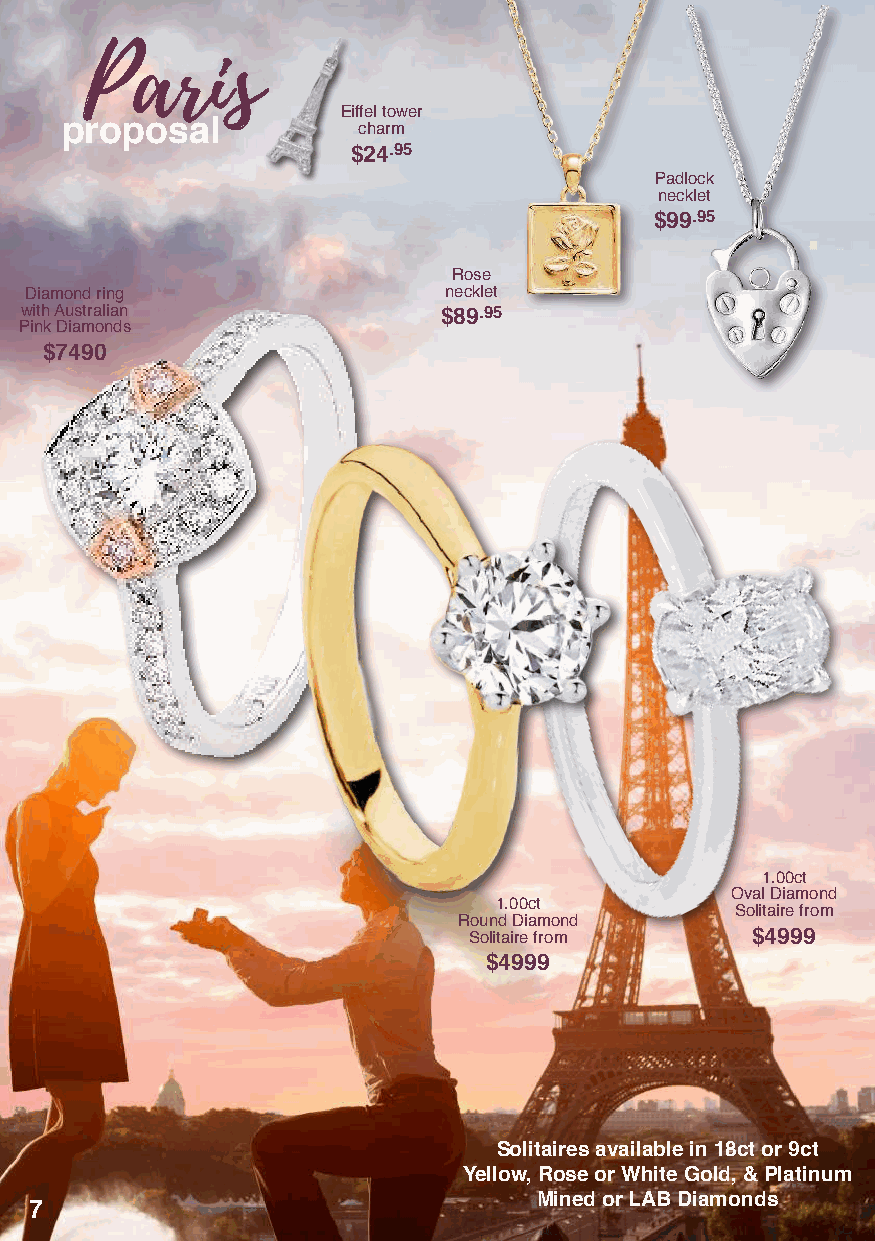
Paris
 Eiffel tower
 proposal            charm
 $24.95
 Padlock
 necklet
 $99.95
 Rose
 Diamond ring               necklet
 with Australian             $89.95
 Pink Diamonds
 $7490
 1.00ct
 Oval Diamond
 1.00ct
 Solitaire from
 Round Diamond
 Solitaire from     $4999
 $4999
 Solitaires available in 18ct or 9ct
 Yellow, Rose or White Gold, & Platinum
 Mined or LAB Diamonds
 7